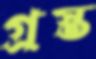
গ্রস্ত